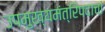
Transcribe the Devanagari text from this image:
उपमुख्यमंत्रिपदाचा